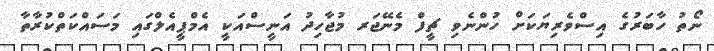
ނޯތު ހާބަރުގެ އިސްވެރިޔަކަށް ހުންނެވި ޗީފް މެނޭޖަރ މުޖާހިދު އަނީސްއަކީ އެމްޕީއެލްގައި މަސައްކަތްކުރާތާ